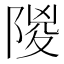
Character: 𨺡